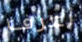
أعرف